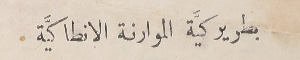
بطريركيَّة الموارنة الانطاكيَّة.